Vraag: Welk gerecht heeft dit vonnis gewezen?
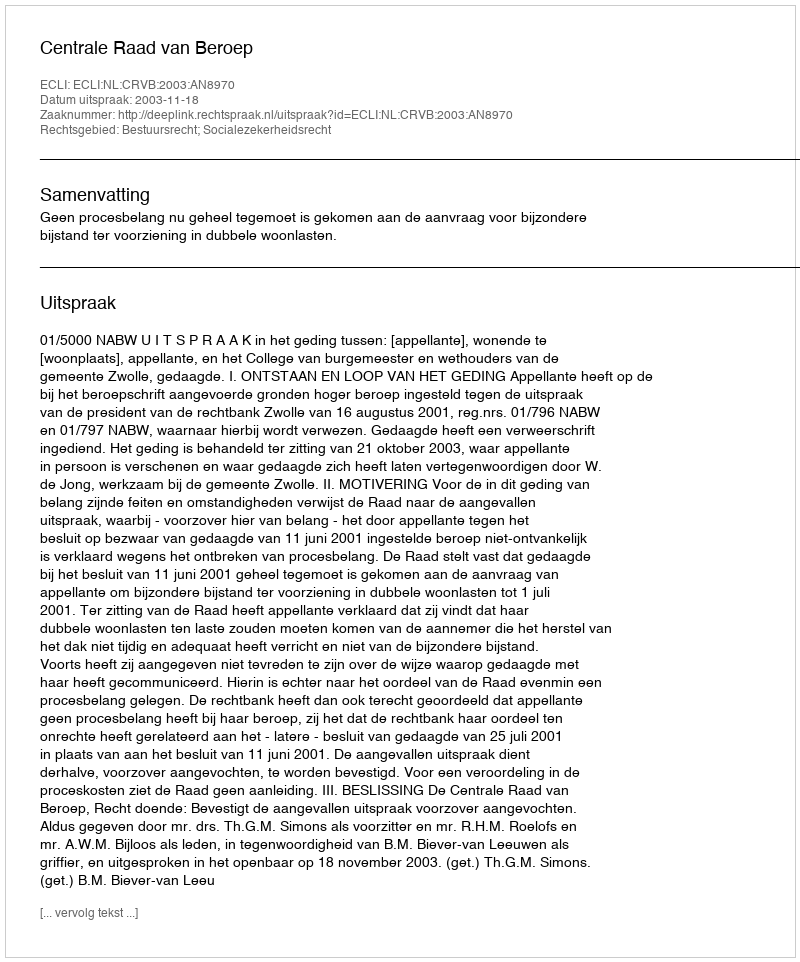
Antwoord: Centrale Raad van Beroep